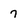
Character: 7